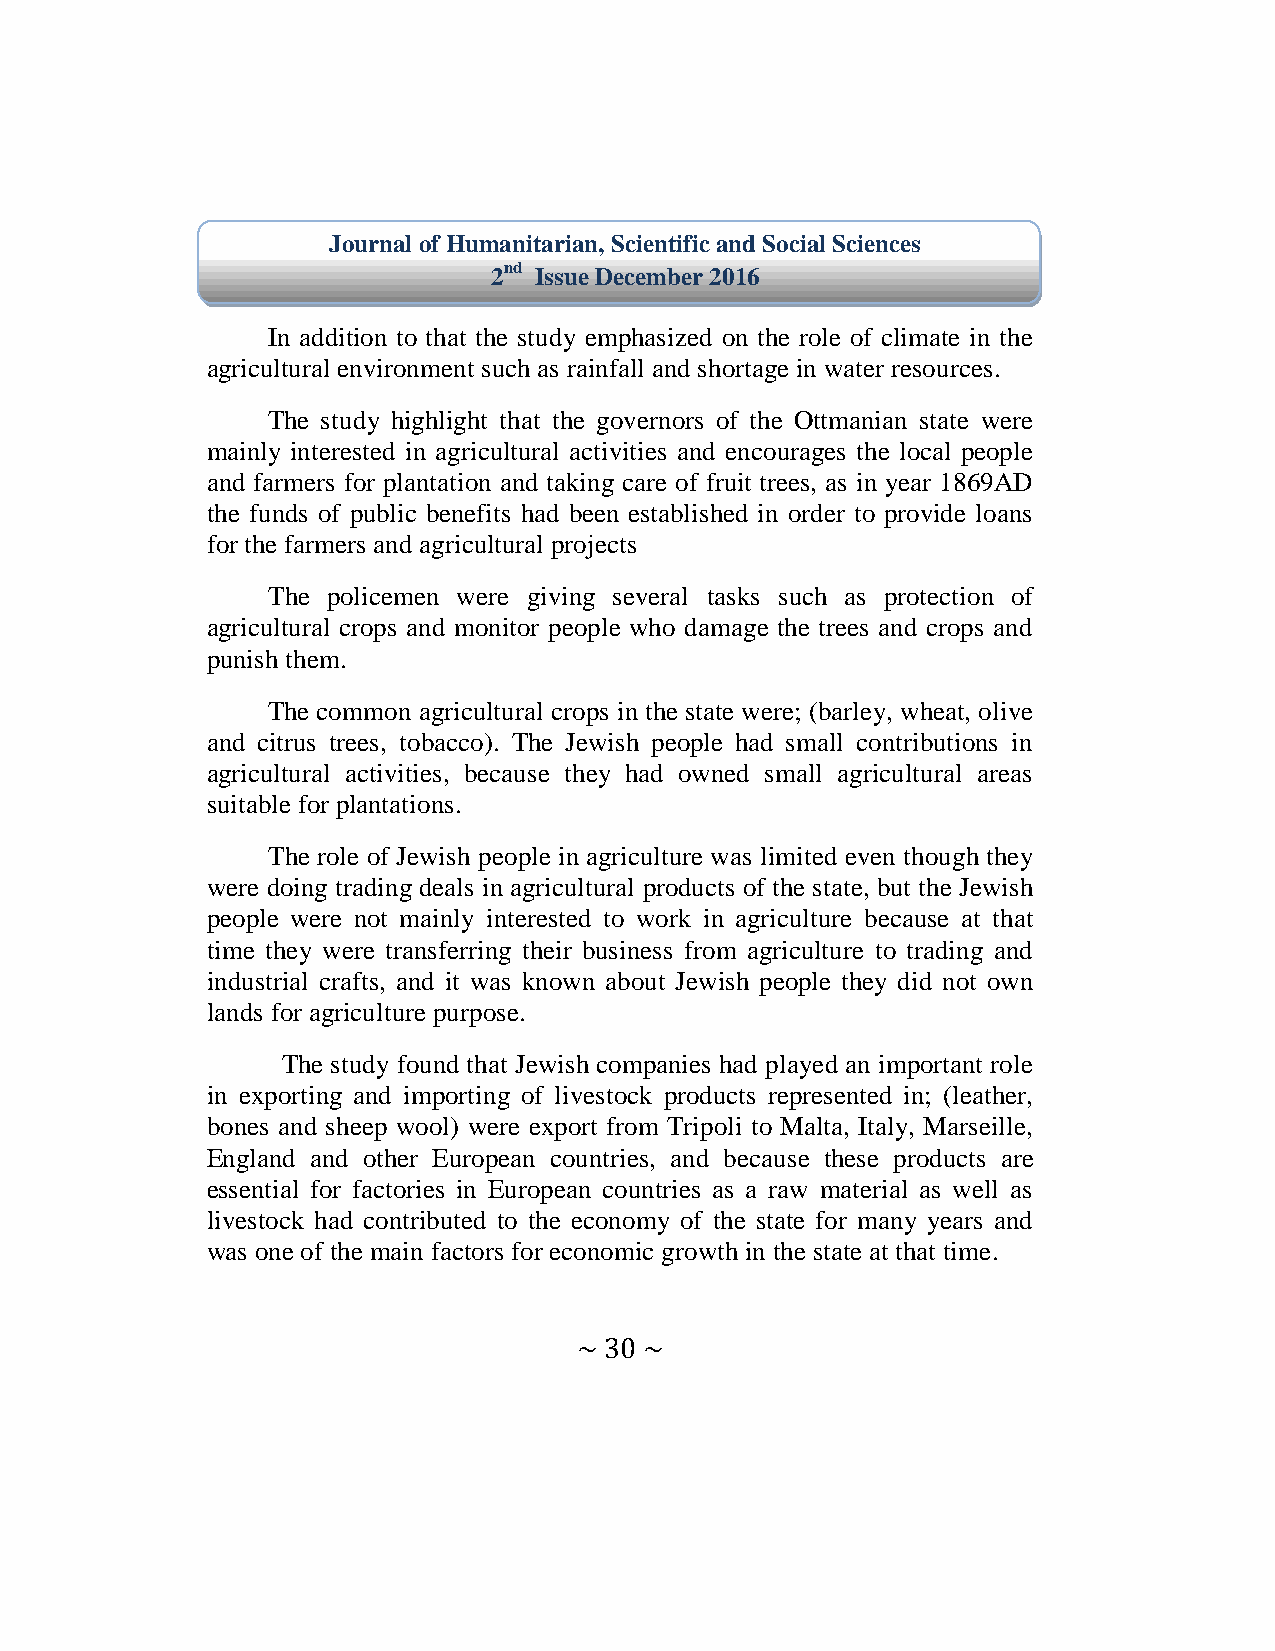
Journal of Humanitarian, Scientific and Social Sciences
 2nd Issue December 2016
 In addition to that the study emphasized on the role of climate in the
 agricultural environment such as rainfall and shortage in water resources.
 The study highlight that the governors of the Ottmanian state were
 mainly interested in agricultural activities and encourages the local people
 and farmers for plantation and taking care of fruit trees, as in year 1869AD
 the funds of public benefits had been established in order to provide loans
 for the farmers and agricultural projects
 The policemen were giving several tasks such as protection of
 agricultural crops and monitor people who damage the trees and crops and
 punish them.
 The common agricultural crops in the state were; (barley, wheat, olive
 and citrus trees, tobacco). The Jewish people had small contributions in
 agricultural activities, because they had owned small agricultural areas
 suitable for plantations.
 The role of Jewish people in agriculture was limited even though they
 were doing trading deals in agricultural products of the state, but the Jewish
 people were not mainly interested to work in agriculture because at that
 time they were transferring their business from agriculture to trading and
 industrial crafts, and it was known about Jewish people they did not own
 lands for agriculture purpose.
 The study found that Jewish companies had played an important role
 in exporting and importing of livestock products represented in; (leather,
 bones and sheep wool) were export from Tripoli to Malta, Italy, Marseille,
 England and other European countries, and because these products are
 essential for factories in European countries as a raw material as well as
 livestock had contributed to the economy of the state for many years and
 was one of the main factors for economic growth in the state at that time.
 ~ 30 ~